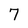
Character: 7